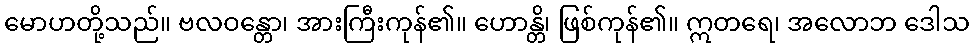
မောဟတို့သည်။ ဗလဝန္တော၊ အားကြီးကုန်၏။ ဟောန္တိ၊ ဖြစ်ကုန်၏။ ဣတရေ၊ အလောဘ ဒေါသ